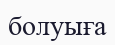
болуыға